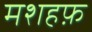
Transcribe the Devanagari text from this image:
मशहफ़